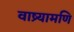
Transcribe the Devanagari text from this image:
वाष्र्यामणि